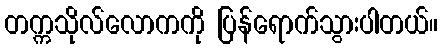
တက္ကသိုလ်လောကကို ပြန်ရောက်သွားပါတယ်။